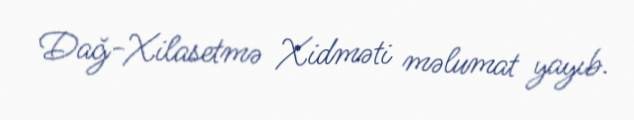
Dağ-Xilasetmə Xidməti məlumat yayıb.